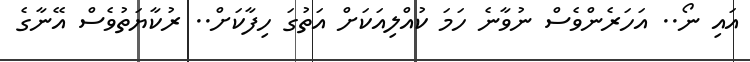
އައި ނޯ.. އަހަރެންވެސް ނުވާނެ ހަމަ ކުއްލިއަކަށް އަތުގަ ހިފާކަށް.. ރުކާޔަތުވެސް އޭނާގެ